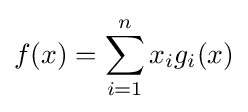
f(x)=\sum _{i=1}^{n}x_{i}g_{i}(x)